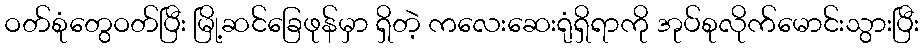
ဝတ်စုံတွေဝတ်ပြီး မြို့ဆင်ခြေဖုန်မှာ ရှိတဲ့ ကလေးဆေးရုံရှိရာကို အုပ်စုလိုက်မောင်းသွားပြီး